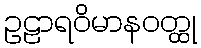
ဥဠာရဝိမာနဝတ္ထု